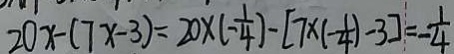
2 0 x - ( 7 x - 3 ) = 2 0 \times ( - \frac { 1 } { 4 } ) - [ 7 \times ( - \frac { 1 } { 4 } ) - 3 ] = - \frac { 1 } { 4 }